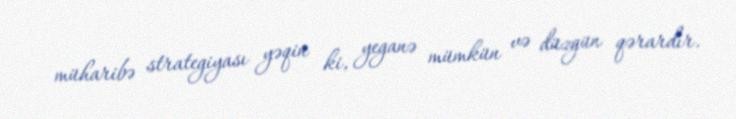
müharibə strategiyası yəqin ki, yeganə mümkün və düzgün qərardır.